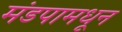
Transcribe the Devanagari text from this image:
मंडपामधून